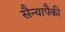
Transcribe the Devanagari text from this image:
सैन्यापैकी